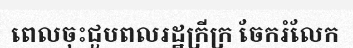
ពេលចុះជួបពលរដ្ឋក្រីក្រ ចែករំលែក